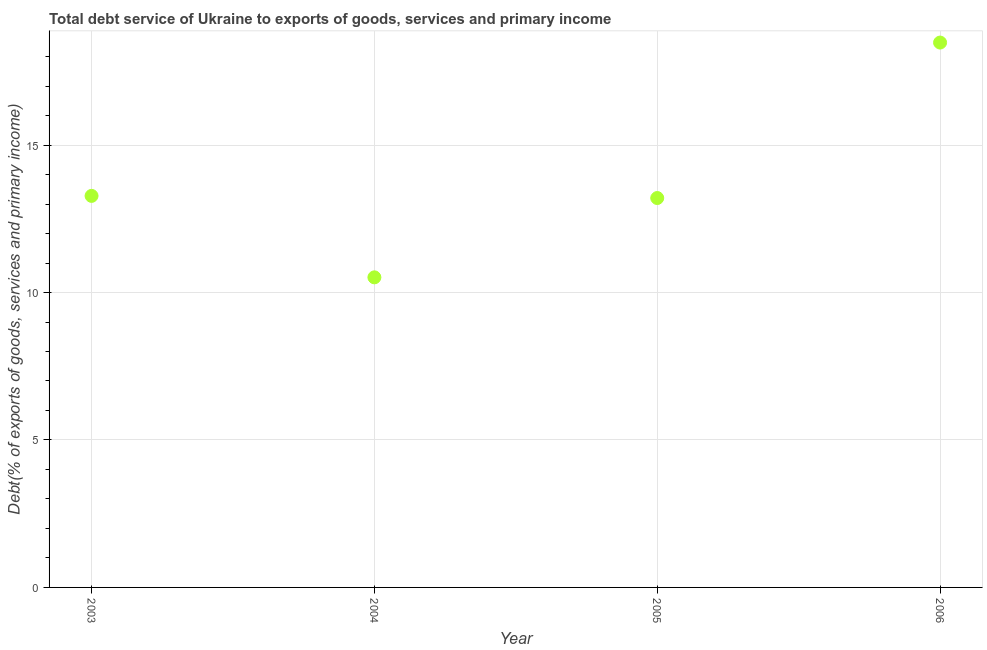
| Year | Total debt service |
 | --- | --- |
 | 2003 | 13.3 |
 | 2004 | 10.5 |
 | 2005 | 13.2 |
 | 2006 | 18.5 |